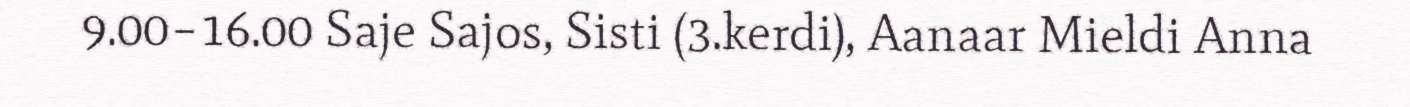
9.00–16.00 Saje Sajos, Sisti (3.kerdi), Aanaar Mieldi Anna